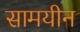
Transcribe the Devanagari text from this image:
सामयीन